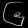
Digit: ၆